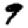
Digit: 9